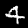
Digit: 4